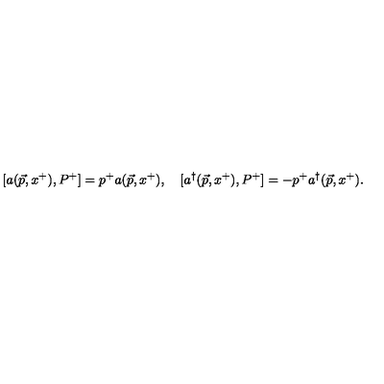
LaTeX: [ a ( \vec { p } , x ^ { + } ) , P ^ { + } ] = p ^ { + } a ( \vec { p } , x ^ { + } ) , \quad [ a ^ { \dagger } ( \vec { p } , x ^ { + } ) , P ^ { + } ] = - p ^ { + } a ^ { \dagger } ( \vec { p } , x ^ { + } ) .